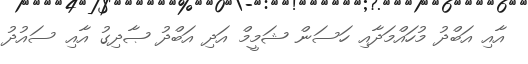
އާއި އަބްދު މުހައްމަދާއި ހަސަން ޝަމީމް އަދި އަބްދު ޞާދިގު އާއި ސައުދު